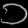
Digit: ၁